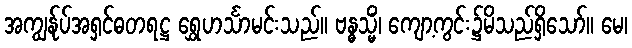
အကျွန်ုပ်အရှင်ဓတရဋ္ဌ ရွှေဟင်္သာမင်းသည်။ ဗန္ဓသ္မိံ၊ ကျော့ကွင်း၌မိသည်ရှိသော်။ မေ၊